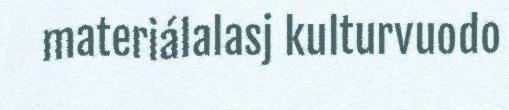
materiálalasj kulturvuodo